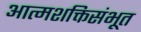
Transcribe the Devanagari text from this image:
आत्मशक्तिसंभूत